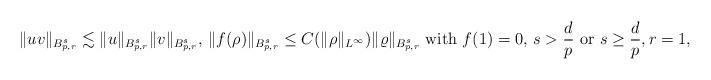
LaTeX: \begin{align*} \|uv\|_{B^s_{p,r}}\lesssim \|u\|_{B^s_{p,r}}\|v\|_{B^s_{p,r}},\,\|f(\rho) \|_{B^s_{p,r}}\leq C(\|\rho\|_{L^\infty})\|\varrho\|_{B^s_{p,r}} \hbox{ with }f(1)=0,\,s>\frac{d}{p}\hbox{ or }s\geq \frac{d}{p}, r=1, \end{align*}